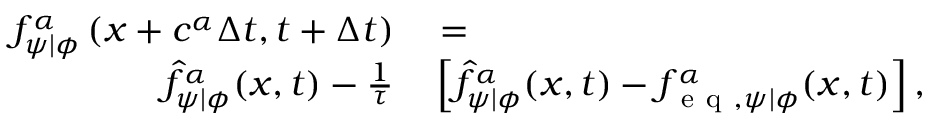
\begin{array} { r l } { f _ { \psi \vert \phi } ^ { \alpha } \left( \boldsymbol { x } + \boldsymbol { c } ^ { \alpha } \Delta { t } , t + \Delta { t } \right) } & { { } = } \\ { \hat { f } _ { \psi \vert \phi } ^ { \alpha } ( \boldsymbol { x } , t ) - \frac { 1 } { \tau } } & { { } \left[ \hat { f } _ { \psi \vert \phi } ^ { \alpha } ( \boldsymbol { x } , t ) - f _ { \mathrm { ~ e ~ q ~ } , \psi \vert \phi } ^ { \alpha } ( \boldsymbol { x } , t ) \right] , } \end{array}